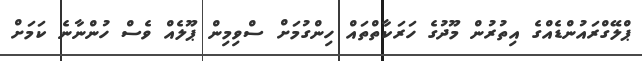
ޕްލޭގްރައުންޑެއްގެ އިތުރުން މޫދުގެ ހަރަކާތްތައް ހިންގުމަށް ސްވިމިން ޕޫލެއް ވެސް ހުންނާނެ ކަމަށް